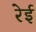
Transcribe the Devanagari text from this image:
रेई